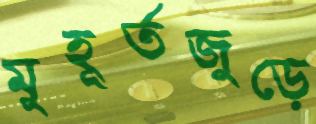
মুহূর্তজুড়ে